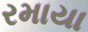
રમાયા